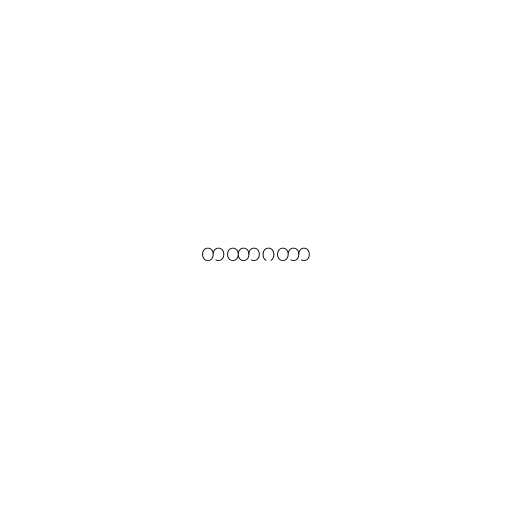
တထာဂတာ